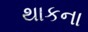
થાકના